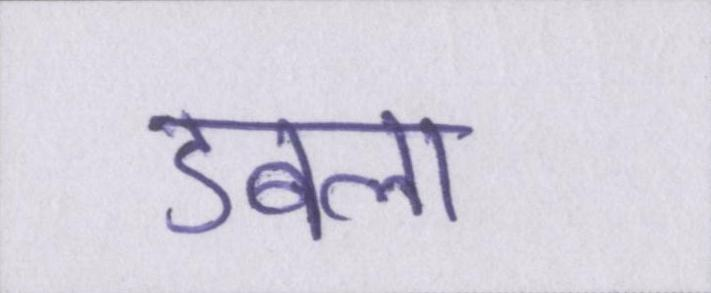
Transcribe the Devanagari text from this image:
डबला